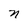
Character: n